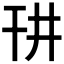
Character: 𪪁